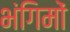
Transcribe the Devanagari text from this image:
भंगिमों